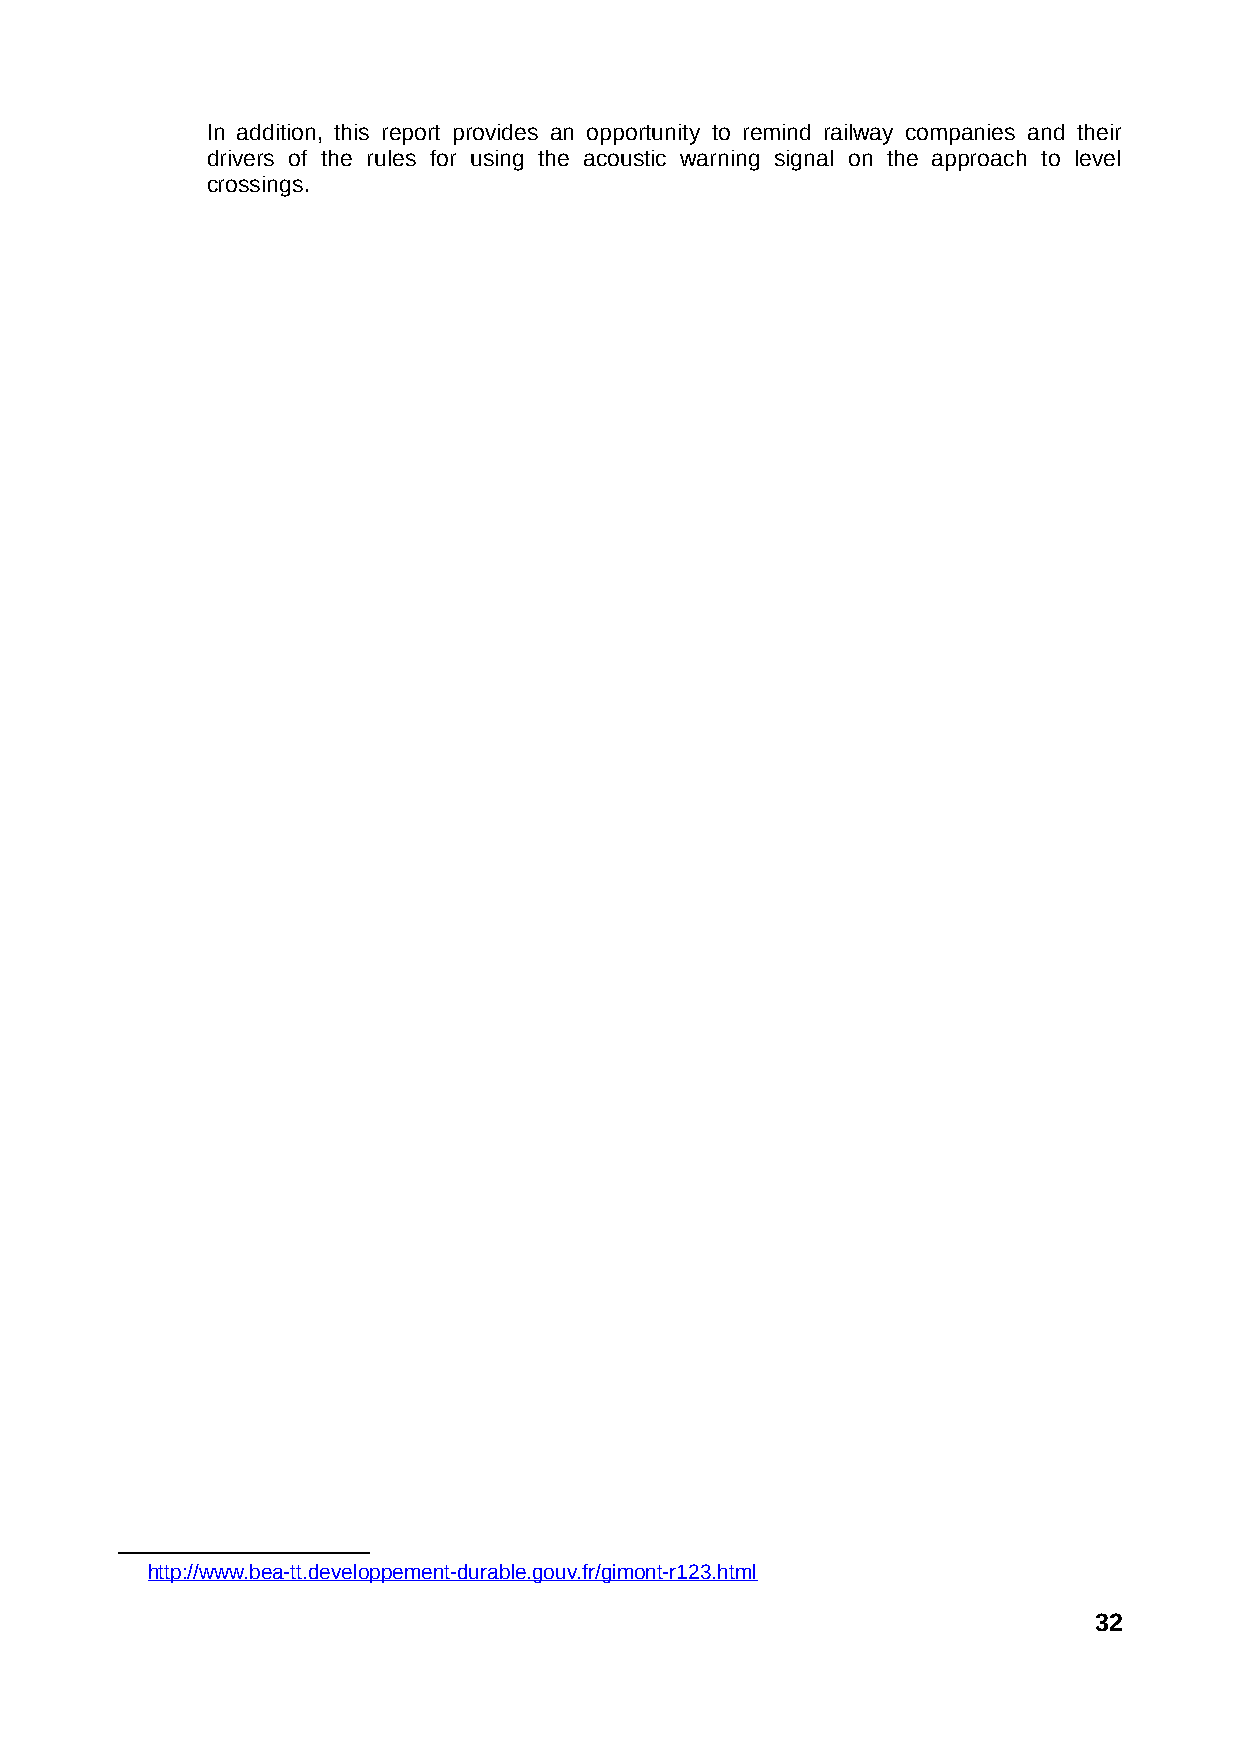
In addition, this report provides an opportunity to remind railway companies and their
 drivers of the rules for using the acoustic warning signal on the approach to level
 crossings.
 http://www.bea-tt.developpement-durable.gouv.fr/gimont-r123.htm l
 32